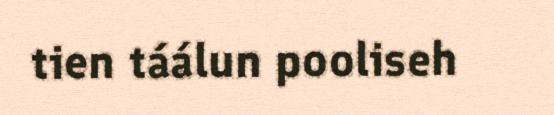
tien táálun pooliseh